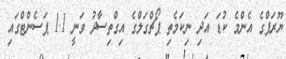
ޔޫރަޕްގެ އެންމެ ކުޑަ އަދި ނިކަމެތި ޕޯޗްގަލްގެ އިގްތިސާދު ވަނީ 1.1 ޕަސެންޓްގައި